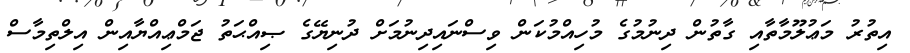
އިތުރު މަޢުލޫމާތާއި ގާތުން ދިނުމުގެ މުހިއްމުކަން ވިސްނައިދިނުމަށް ދުނިޔޭގެ ޞިއްޙަތު ޖަމްޢިއްޔާއިން އިލްތިމާސް